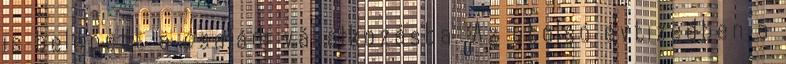
is belépett a családi vállalkozásba. Az utolsó évtizedben a